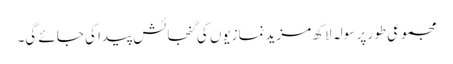
مجموعی طور پر سولہ لاکھ مزیدنمازیوں کی گنجائش پیدا کی جائے گی۔